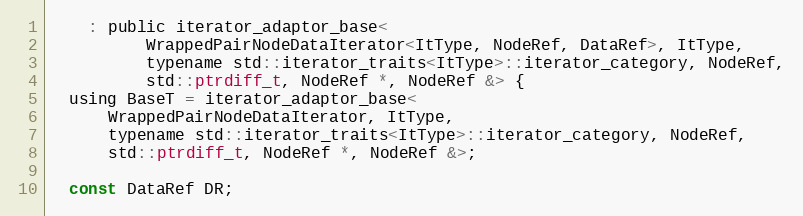
Language: C
    : public iterator_adaptor_base<
          WrappedPairNodeDataIterator<ItType, NodeRef, DataRef>, ItType,
          typename std::iterator_traits<ItType>::iterator_category, NodeRef,
          std::ptrdiff_t, NodeRef *, NodeRef &> {
  using BaseT = iterator_adaptor_base<
      WrappedPairNodeDataIterator, ItType,
      typename std::iterator_traits<ItType>::iterator_category, NodeRef,
      std::ptrdiff_t, NodeRef *, NodeRef &>;

  const DataRef DR;